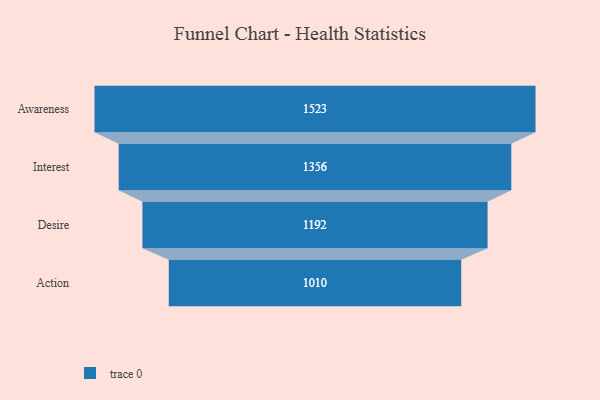
{"axis": {"x": "Stage", "y": "Value"}, "legend": [""], "data": [{"x": "Awareness", "y": 1523.0, "type": ""}, {"x": "Interest", "y": 1356.0, "type": ""}, {"x": "Desire", "y": 1192.0, "type": ""}, {"x": "Action", "y": 1010.0, "type": ""}]}